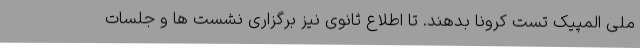
ملی المپیک تست کرونا بدهند. تا اطلاع ثانوی نیز برگزاری نشست ها و جلسات